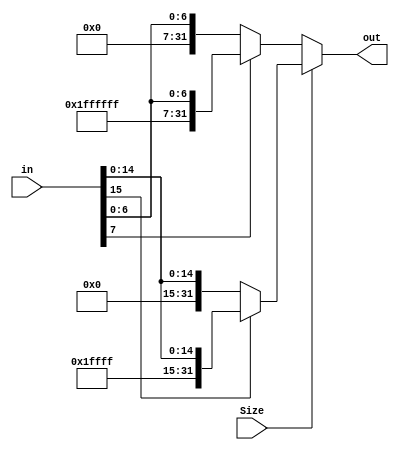
`timescale 1ns / 1ps
////////////////////////////////////////////////////////////////////////////////
// ECE369 - Computer Architecture
// 
// Module - SignExtension.v
// Description - Sign extension module.
// Size = 0 Sign extend byte
// Size = 1 Sign extend half word
////////////////////////////////////////////////////////////////////////////////
module SignExtendRegister(in, out, Size);

    /* A 16-Bit input word */
    input [31:0] in;
    input Size;
    
    /* A 32-Bit output word */
    output[31:0] out;
    
    reg [31:0] out;
    
    always@(in, Size) begin
        if(Size == 1) begin
            if (in[15] == 0)
                out <= {16'b0, in[15:0]};
            else
                out <= {32'd65535, in[15:0]};
        end
        else begin
            if (in[7] == 0)
                out <= {24'b0, in[7:0]};
            else
                out <= {32'd16777215, in[7:0]};
        end
    end

endmodule